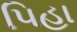
પિહા